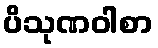
ပိသုဏဝါစာ